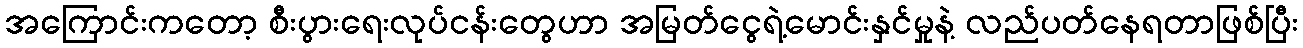
အကြောင်းကတော့ စီးပွားရေးလုပ်ငန်းတွေဟာ အမြတ်ငွေရဲ့မောင်းနှင်မှုနဲ့ လည်ပတ်နေရတာဖြစ်ပြီး